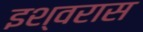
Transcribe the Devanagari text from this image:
इश्वरास